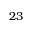
2 3